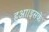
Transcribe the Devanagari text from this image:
हुआ।इसके